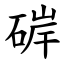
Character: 硸